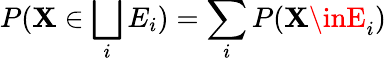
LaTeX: P(\mathbf{X}\in\bigsqcup_{i}E_{i})=\sum_{i}P(\mathbf{X}\inE_{i})